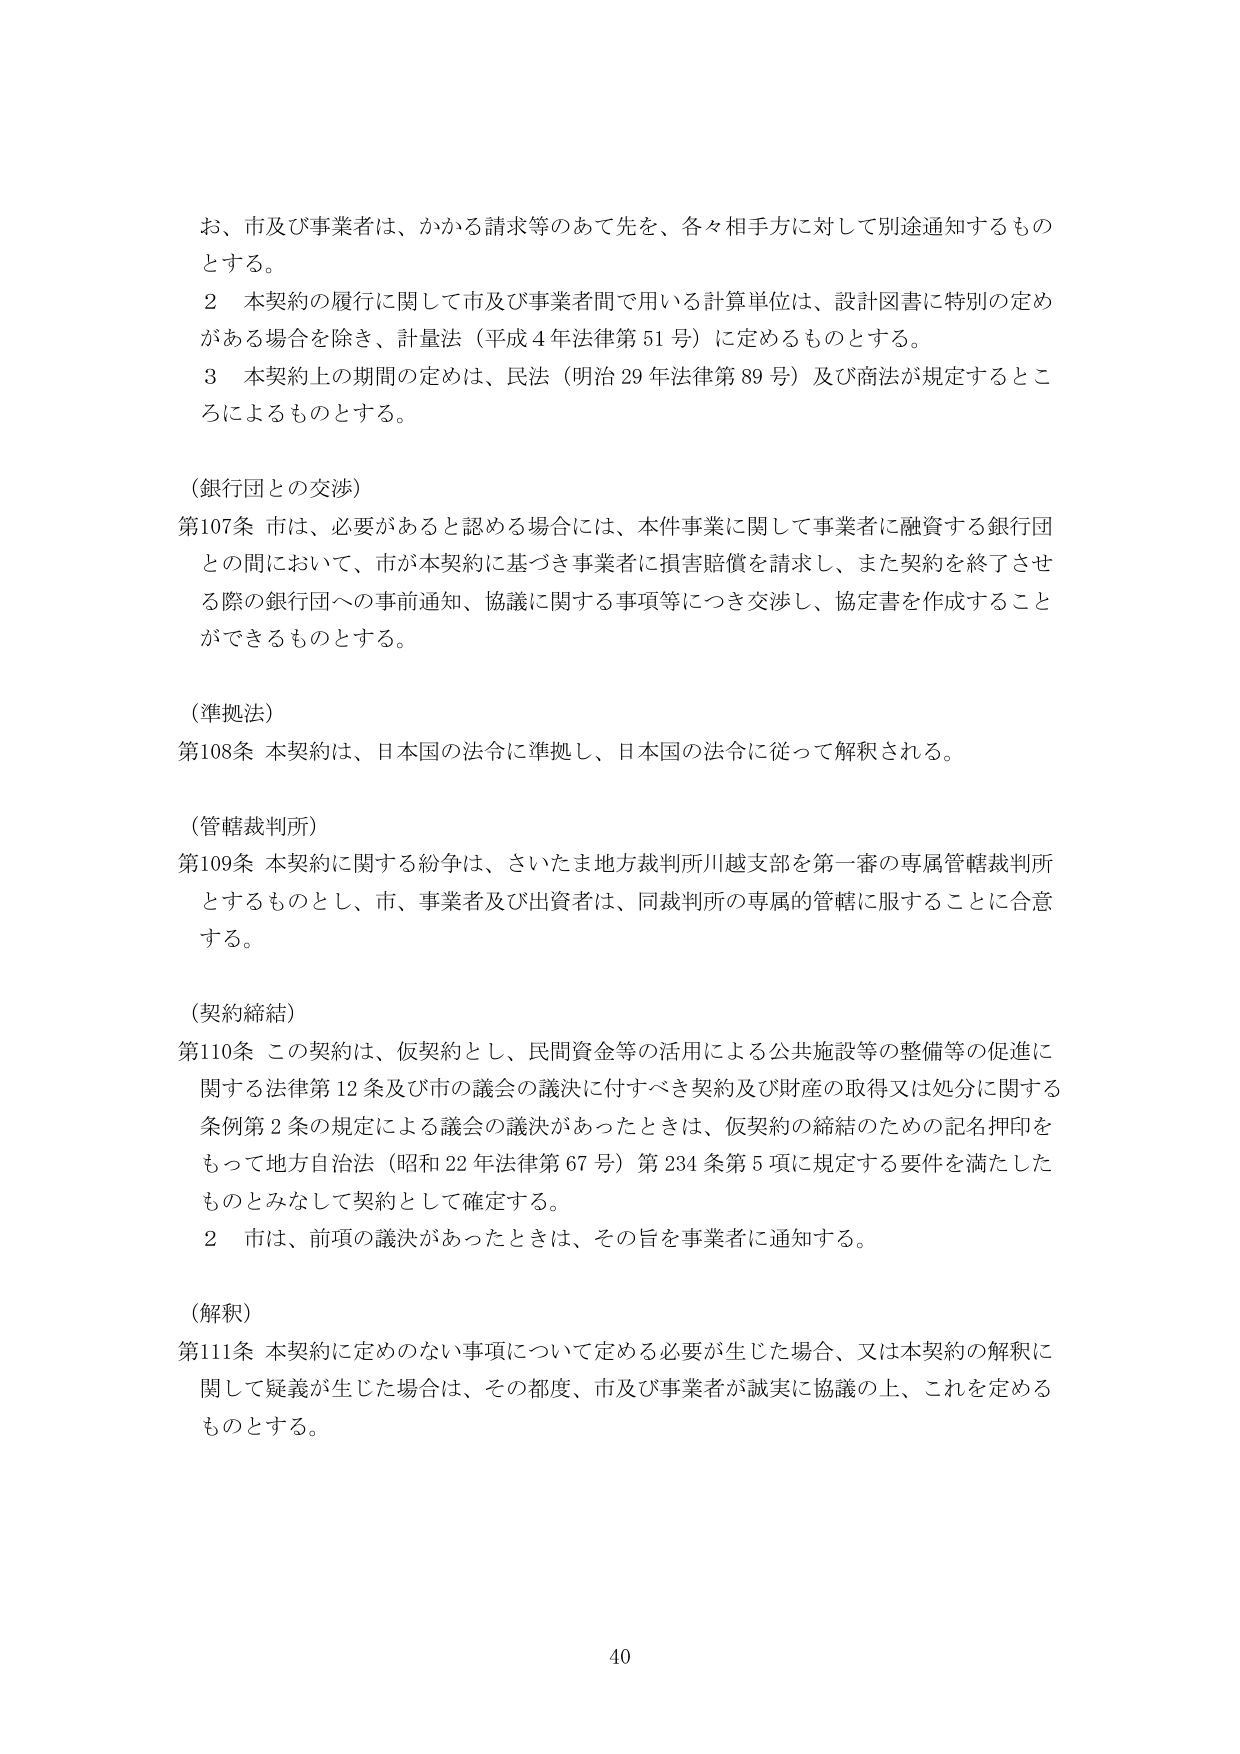
お、市及び事業者は、かかる請求等のあて先を、各々相手方に対して別途通知するものとする。

２ 本契約の履行に関して市及び事業者間で用いる計算単位は、設計図書に特別の定めがある場合を除き、計量法（平成４年法律第５１号）に定めるものとする。

３ 本契約上の期間の定めは、民法（明治２９年法律第８９号）及び商法が規定するところによるものとする。

（銀行団との交渉）

第107条 市は、必要があると認める場合には、本件事業に関して事業者に融資する銀行団との間において、市が本契約に基づき事業者に損害賠償を請求し、また契約を終了させる際の銀行団への事前通知、協議に関する事項等につき交渉し、協定書を作成することができるものとする。

（準拠法）

第108条 本契約は、日本国の法令に準拠し、日本国の法令に従って解釈される。

（管轄裁判所）

第109条 本契約に関する紛争は、さいたま地方裁判所川越支部を第一審の専属管轄裁判所とするものとし、市、事業者及び出資者は、同裁判所の専属的管轄に服することに合意する。

（契約締結）

第110条 この契約は、仮契約とし、民間資金等の活用による公共施設等の整備等の促進に関する法律第12条及び市の議会の議決に付すべき契約及び財産の取得又は処分に関する条例第2条の規定による議会の議決があったときは、仮契約の締結のための記名押印をもって地方自治法（昭和22年法律第67号）第234条第5項に規定する要件を満たしたものとみなして契約として確定する。

２ 市は、前項の議決があったときは、その旨を事業者に通知する。

（解釈）

第111条 本契約に定めのない事項について定める必要が生じた場合、又は本契約の解釈に関して疑義が生じた場合は、その都度、市及び事業者が誠実に協議の上、これを定めるものとする。

40